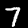
Digit: 7